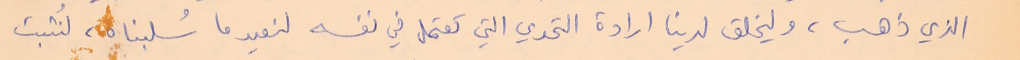
الذي ذهب، وليخلق لدينا ارادة التحدي التي تعتمل في نفسه لنعيد ما سُلبناه، لنُثبت